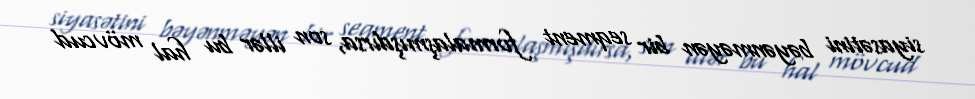
siyasətini bəyənməyən bir seqment formalaşmışdırsa, son illər bu hal mövcud